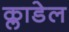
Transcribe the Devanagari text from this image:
क्लाडेल